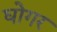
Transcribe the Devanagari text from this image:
घोगर